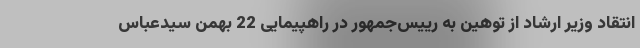
انتقاد وزیر ارشاد از توهین به رییس‌جمهور در راهپیمایی 22 بهمن سیدعباس